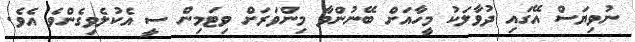
ނުވިޔަސް އޭގައި ދުވާލަކު މީހާއަށް ބޭނުންވާ މިންވަރަށް ވިޓަމިން ސީ އެކުލެވިގެންވެ އެވެ.